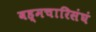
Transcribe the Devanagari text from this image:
बह्मचारिसंघं